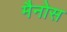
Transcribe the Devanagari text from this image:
मैनोस